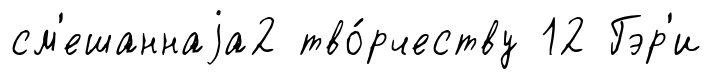
см'ешаннаjа2 тво́рчеству 12 Гэр'и